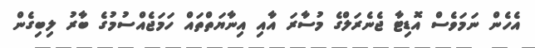
އެހެން ނަމަވެސް އޮޑިޓާ ޖެނެރަލްގެ މުސާރަ އާއި އިނާޔަތްތައް ހަމަޖެއްސުމުގެ ބާރު ލިބިގެން